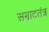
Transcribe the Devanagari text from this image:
सम्राटतंत्र